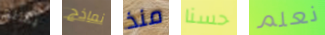
يسلم نماذج منذ حسنا نعلم